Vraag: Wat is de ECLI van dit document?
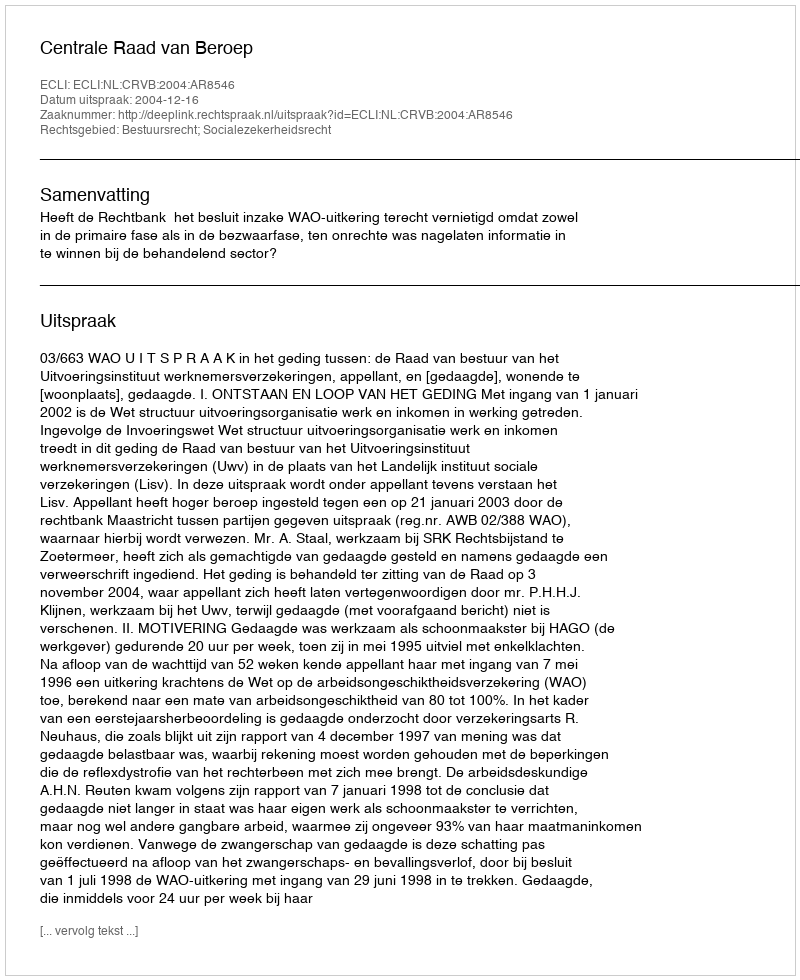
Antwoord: ECLI:NL:CRVB:2004:AR8546